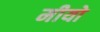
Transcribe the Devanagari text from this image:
मीयो